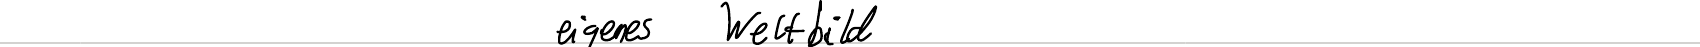
eigenes Weltbild